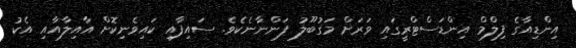
އިންޑިއާގެ ފިލްމް އިންޑަސްޓްރީގައި ވަރަށް މަގުބޫލު ފަންނާނެކެވެ. ސައިފާއި ކައިވެނިކޮށް އާއިލާއާއި އެކު